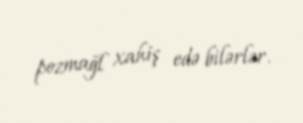
pozmağl xahiş edə bilərlər.